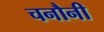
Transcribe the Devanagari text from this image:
चनौनी